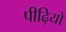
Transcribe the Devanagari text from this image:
पीढ़ियों